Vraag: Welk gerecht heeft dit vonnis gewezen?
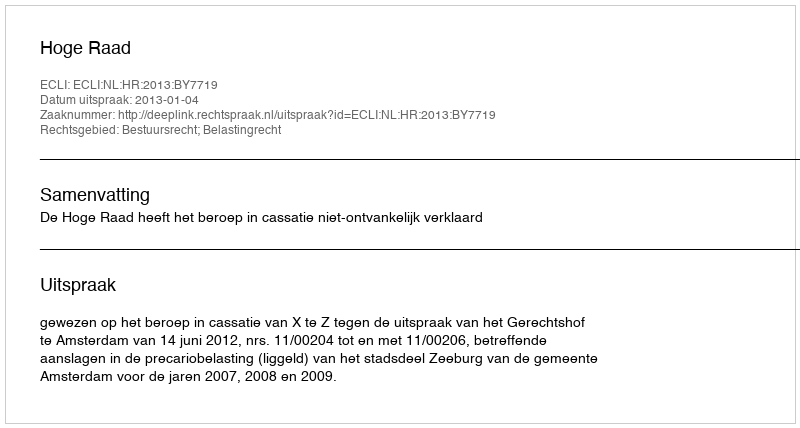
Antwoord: Hoge Raad